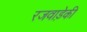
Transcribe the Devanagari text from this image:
रजवाड़ेकी